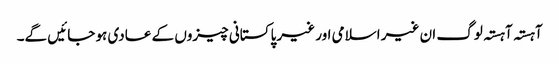
آہستہ آہستہ لوگ ان غیر اسلامی اور غیر پاکستانی چیزوں کے عادی ہو جائیں گے۔